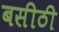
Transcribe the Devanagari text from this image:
बसीठी